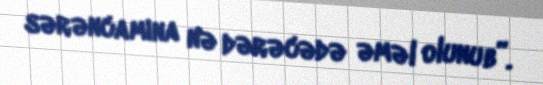
sərəncamına nə dərəcədə əməl olunub”.